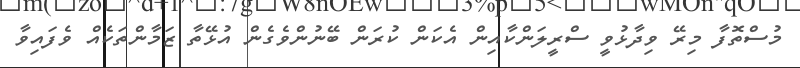
މުސްތޮފާ މިރޭ ވިދާޅުވީ ސްރީލަންކާއިން އެކަން ކުރަން ބޭނުންވެގެން އުޅޭތާ ޒަމާންތަކެއް ވެފައިވާ